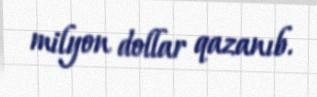
milyon dollar qazanıb.